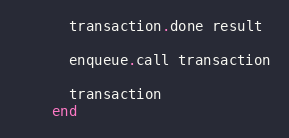
Language: Ruby
      transaction.done result

      enqueue.call transaction

      transaction
    end